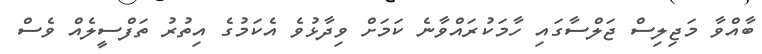
ބާއްވާ މަޖިލިސް ޖަލްސާގައި ހާމަކުރައްވާނެ ކަމަށް ވިދާާޅުވެ އެކަމުގެ އިތުރު ތަފްސީލެއް ވެސް